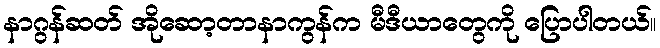
နာဂွန်ဆတ် အိုဆော့တာနာကွန်က မီဒီယာတွေကို ပြောပါတယ်။